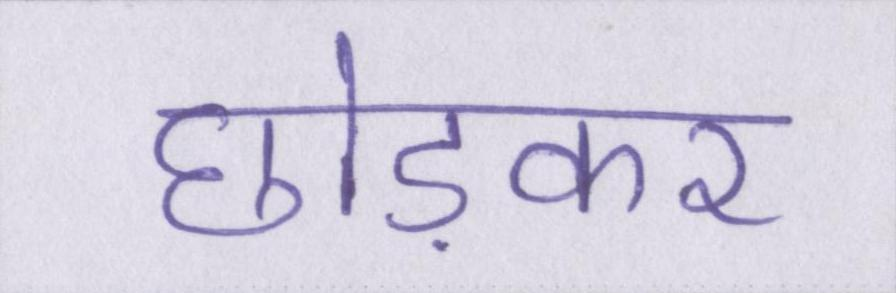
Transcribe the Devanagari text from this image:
छोड़कर